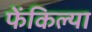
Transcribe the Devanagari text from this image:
फेंकिल्या